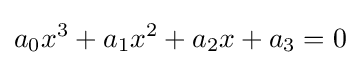
a_{0}x^{3}+a_{1}x^{2}+a_{2}x+a_{3}=0